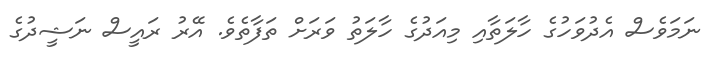
ނަމަވެސް އެދުވަހުގެ ހާލަތާއި މިއަދުގެ ހާލަތު ވަރަށް ތަފާތެވެ. އޭރު ރައީސް ނަޝީދުގެ